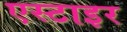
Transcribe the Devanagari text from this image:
एस्टाइर